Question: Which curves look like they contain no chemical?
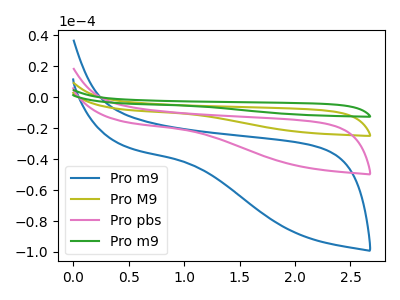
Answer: <think>The blue curve "Pro m9" has no peaks. The olive curve "Pro M9" has no peaks. The pink curve "Pro pbs" has no peaks. The green curve "Pro m9" has no peaks.</think>
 <answer>"Pro m9", "Pro M9", "Pro pbs" and "Pro m9" are likely to be blanks.</answer>
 <eval>"Pro m9", "Pro M9", "Pro pbs", "Pro m9"</eval>